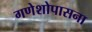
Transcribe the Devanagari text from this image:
गणेशोपासना